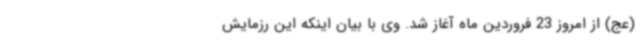
(عج) از امروز 23 فروردین ماه آغاز شد. وی با بیان اینکه این رزمایش